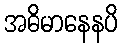
အဓိမာနေနပိ